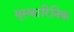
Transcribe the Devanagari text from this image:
मुस्कारिनिक